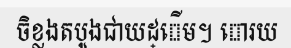
ចិខ្លងតបូងជាយដ្ើម។ ោរយ